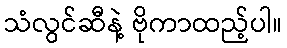
သံလွင်ဆီနဲ့ ဗိုကာထည့်ပါ။